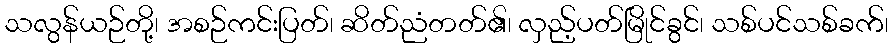
သလွန်ယဉ်တို့၊ အစဉ်ကင်းပြတ်၊ ဆိတ်ညံတတ်၏၊ လှည့်ပတ်မြိုင်ခွင်၊ သစ်ပင်သစ်ခက်၊